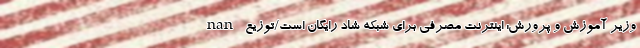
nan وزیر آموزش و پرورش: اینترنت مصرفی برای شبکه شاد رایگان است/توزیع